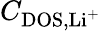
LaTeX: C_{\mathrm{DOS},\mathrm{Li^{+}}}